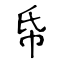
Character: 帋